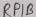
Text: RP1P